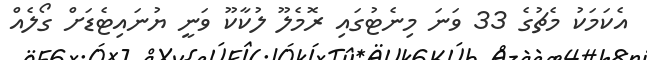
އެކަމަކު މެޗުގެ 33 ވަނަ މިނެޓުގައި ރޮމެލޫ ލުކާކޫ ވަނީ ޔުނައިޓެޑަށް ގޯލެއް